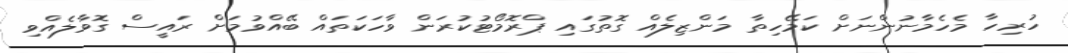
ހުރިހާ މެހެމާނުންނަށް ކަމޭހިތާ މަންޒިލެއް ގޮތުގައި ޕްރޮމޯޓުކުރަން ވާހަކަތައް ބޭއްވުމަށް ރައީސް ގޮވާލެއްވި